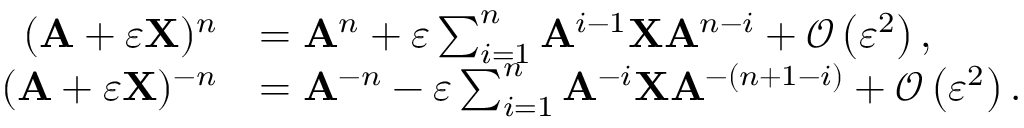
{ \begin{array} { r l } { ( \mathbf { A } + \varepsilon \mathbf { X } ) ^ { n } } & { = \mathbf { A } ^ { n } + \varepsilon \sum _ { i = 1 } ^ { n } \mathbf { A } ^ { i - 1 } \mathbf { X } \mathbf { A } ^ { n - i } + { \mathcal { O } } \left( \varepsilon ^ { 2 } \right) , } \\ { ( \mathbf { A } + \varepsilon \mathbf { X } ) ^ { - n } } & { = \mathbf { A } ^ { - n } - \varepsilon \sum _ { i = 1 } ^ { n } \mathbf { A } ^ { - i } \mathbf { X } \mathbf { A } ^ { - ( n + 1 - i ) } + { \mathcal { O } } \left( \varepsilon ^ { 2 } \right) . } \end{array} }